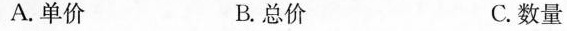
A.单价 B.总价 C.数量